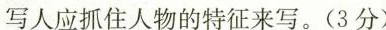
写人应抓住人物的特征来写。(3分)